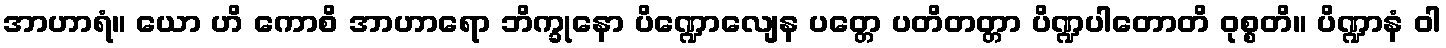
အာဟာရံ။ ယော ဟိ ကောစိ အာဟာရော ဘိက္ခုနော ပိဏ္ဍောလျေန ပတ္တေ ပတိတတ္တာ ပိဏ္ဍပါတောတိ ဝုစ္စတိ။ ပိဏ္ဍာနံ ဝါ